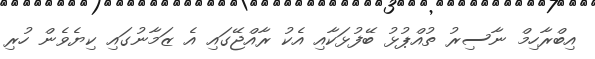
އިބްރާހިމް ނާސިރު ތުއްޕުޅު ބޭފުޅަކާއި އެކު ރާއްޖޭގައި އެ ޒަމާނުގައި ކިޔެވެން ހުރި